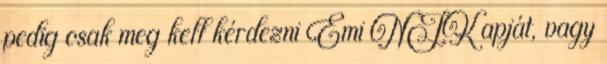
pedig csak meg kell kérdezni Emi NJK apját, vagy